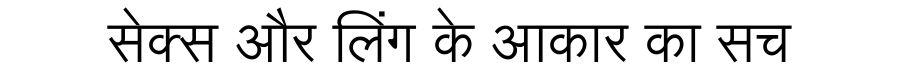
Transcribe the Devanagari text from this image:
सेक्स और लिंग के आकार का सच